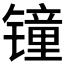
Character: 𲈛